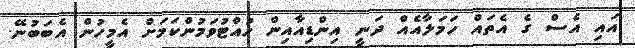
އައި އެެސް ގެ އެތައް ހަމަލާއެއް ދަނީ އިންޑިއާއިން ހުއްޓުވަމުންކަމަށް އެމީހުން އެބަބުނޭ.